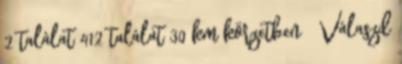
2 találat 412 találat 30 km körzetben × Válaszd